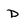
Character: D